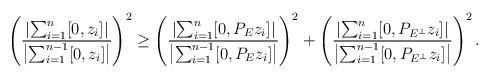
LaTeX: \begin{align*}\left(\frac{\left|\sum_{i=1}^n[0,z_i]\right|}{\left|\sum_{i=1}^{n-1}[0,z_i]\right|}\right)^2\ge\left(\frac{\left|\sum_{i=1}^n[0,P_Ez_i]\right|}{\left|\sum_{i=1}^{n-1}[0,P_Ez_i]\right|}\right)^2+\left(\frac{\left|\sum_{i=1}^n[0,P_{E^\bot}z_i]\right|}{\left|\sum_{i=1}^{n-1}[0,P_{E^\bot}z_i]\right|}\right)^2.\end{align*}